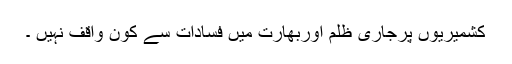
کشمیریوں پرجاری ظلم اوربھارت میں فسادات سے کون واقف نہیں ۔